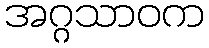
အဂ္ဂသာဝက